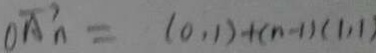
\xrightarrow [ o A n ] = ( 0 , 1 ) + ( n - 1 ) ( 1 , 1 )